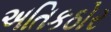
અતિકઠોર